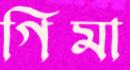
গিমা